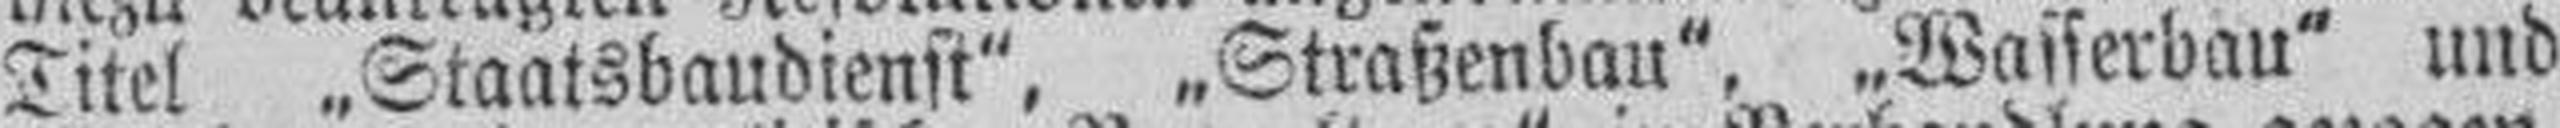
Titel „Staatsbaudienst", „Straßenbau", „Wasserbau" und